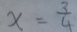
x = \frac { 3 } { 4 }